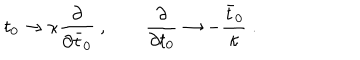
LaTeX: t _ { 0 } \rightarrow \kappa { \frac { \partial } { \partial { \bar { t } } _ { 0 } } } \ , \qquad { \frac { \partial } { \partial t _ { 0 } } } \rightarrow - { \frac { \bar { t } _ { 0 } } { \kappa } } \ .